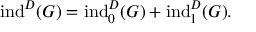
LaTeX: \mathrm { i n d } ^ { D } ( G ) = \mathrm { i n d } _ { 0 } ^ { D } ( G ) + \mathrm { i n d } _ { 1 } ^ { D } ( G ) .